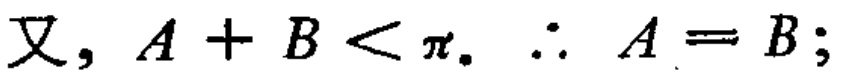
又, \(A + B < \pi\). \(\therefore A = B\);